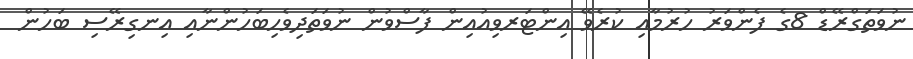
ނުވަތަގްރޭޑް 8ގެ ފެންވަރު ހުރުމާއި ކުރެވޭ އިންޓަރވިއުއިން ފާސްވުން ނުވަތަދިވެހިބަހުންނާއި އިނގިރޭސި ބަހުން